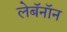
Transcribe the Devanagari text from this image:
लेबॅनॉन